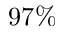
9 7 \%